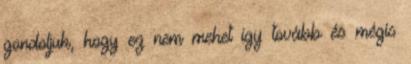
gondoljuk, hogy ez nem mehet így tovább és mégis